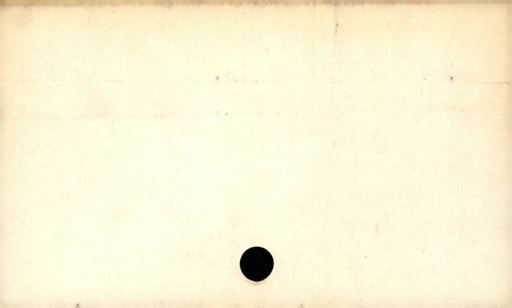
Label: blank